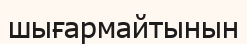
шығармайтынын